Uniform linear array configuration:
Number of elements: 48
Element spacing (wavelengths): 1
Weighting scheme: hamming
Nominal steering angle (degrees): -15
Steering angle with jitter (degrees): -15.961
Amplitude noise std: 0.05
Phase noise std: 0.05

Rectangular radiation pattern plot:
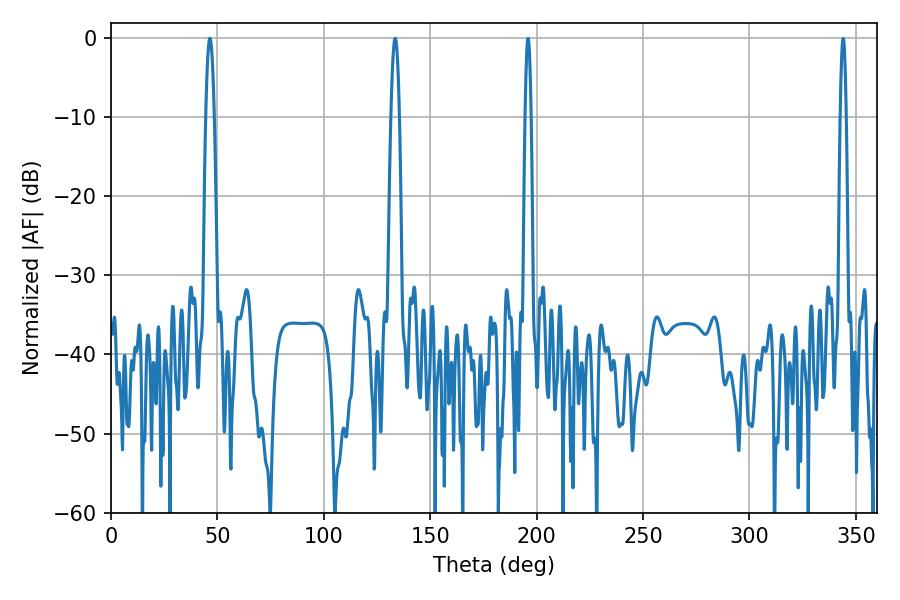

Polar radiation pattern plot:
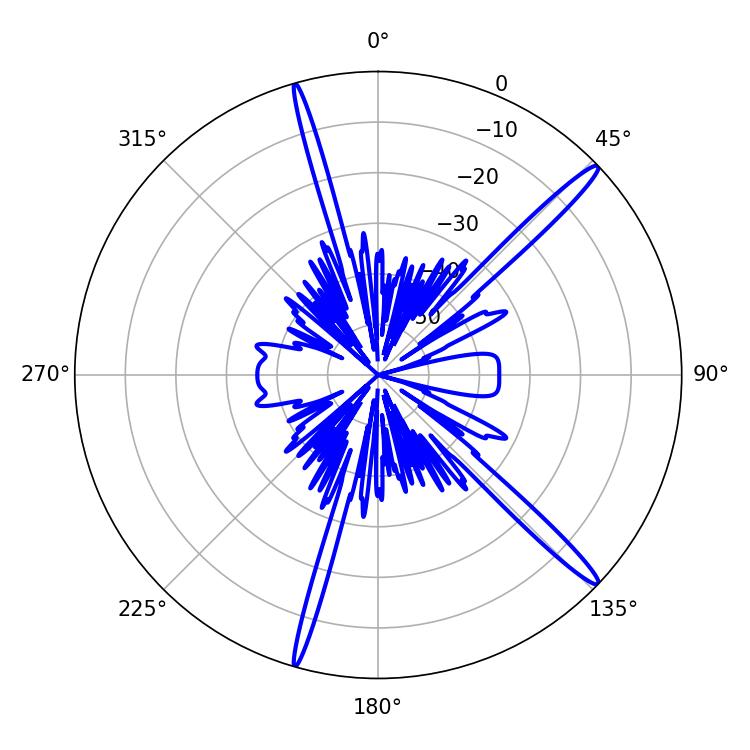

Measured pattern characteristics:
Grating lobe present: TRUE
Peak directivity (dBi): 16.524
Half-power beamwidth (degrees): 2.16
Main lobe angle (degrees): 46.44